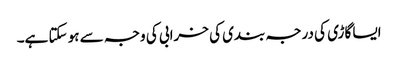
ایسا گاڑی کی درجہ بندی کی خرابی کی وجہ سے ہو سکتا ہے۔